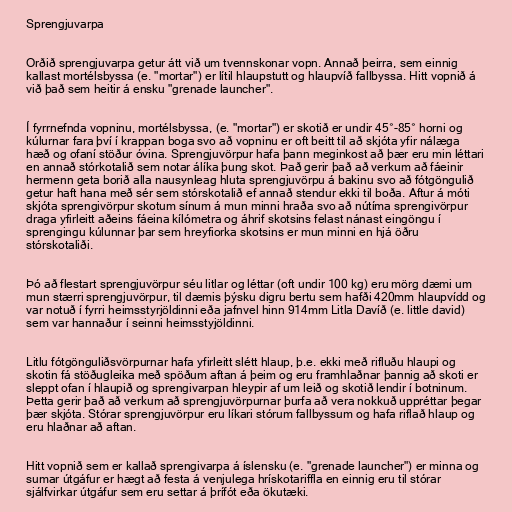
Sprengjuvarpa

Orðið sprengjuvarpa getur átt við um tvennskonar vopn. Annað þeirra, sem einnig
kallast mortélsbyssa (e. "mortar") er lítil hlaupstutt og hlaupvíð fallbyssa. Hitt vopnið á
við það sem heitir á ensku "grenade launcher".

Í fyrrnefnda vopninu, mortélsbyssa, (e. "mortar") er skotið er undir 45°-85° horni og
kúlurnar fara því í krappan boga svo að vopninu er oft beitt til að skjóta yfir nálæga
hæð og ofaní stöður óvina. Sprengjuvörpur hafa þann meginkost að þær eru min léttari
en annað stórkotalið sem notar álíka þung skot. Það gerir það að verkum að fáeinir
hermenn geta borið alla nausynleag hluta sprengjuvörpu á bakinu svo að fótgöngulið
getur haft hana með sér sem stórskotalið ef annað stendur ekki til boða. Aftur á móti
skjóta sprengivörpur skotum sínum á mun minni hraða svo að nútíma sprengivörpur
draga yfirleitt aðeins fáeina kílómetra og áhrif skotsins felast nánast eingöngu í
sprengingu kúlunnar þar sem hreyfiorka skotsins er mun minni en hjá öðru
stórskotaliði.

Þó að flestart sprengjuvörpur séu litlar og léttar (oft undir 100 kg) eru mörg dæmi um
mun stærri sprengjuvörpur, til dæmis þýsku digru bertu sem hafði 420mm hlaupvídd og
var notuð í fyrri heimsstyrjöldinni eða jafnvel hinn 914mm Litla Davíð (e. little david)
sem var hannaður í seinni heimsstyjöldinni.

Litlu fótgönguliðsvörpurnar hafa yfirleitt slétt hlaup, þ.e. ekki með rifluðu hlaupi og
skotin fá stöðugleika með spöðum aftan á þeim og eru framhlaðnar þannig að skoti er
sleppt ofan í hlaupið og sprengivarpan hleypir af um leið og skotið lendir í botninum.
Þetta gerir það að verkum að sprengjuvörpurnar þurfa að vera nokkuð uppréttar þegar
þær skjóta. Stórar sprengjuvörpur eru líkari stórum fallbyssum og hafa riflað hlaup og
eru hlaðnar að aftan.

Hitt vopnið sem er kallað sprengivarpa á íslensku (e. "grenade launcher") er minna og
sumar útgáfur er hægt að festa á venjulega hrískotariffla en einnig eru til stórar
sjálfvirkar útgáfur sem eru settar á þrífót eða ökutæki.